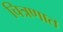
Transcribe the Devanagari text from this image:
चित्रणात